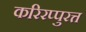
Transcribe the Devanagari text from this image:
करिरप्पुरत्त